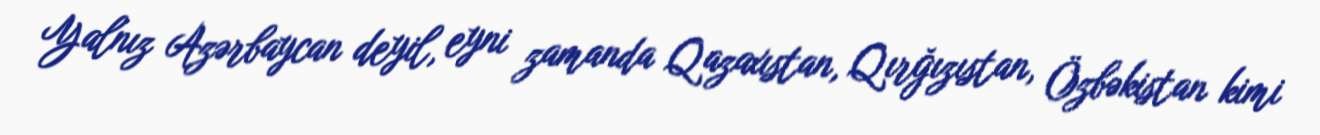
Yalnız Azərbaycan deyil, eyni zamanda Qazaxıstan, Qırğızıstan, Özbəkistan kimi